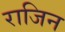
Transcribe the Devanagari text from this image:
राजिन